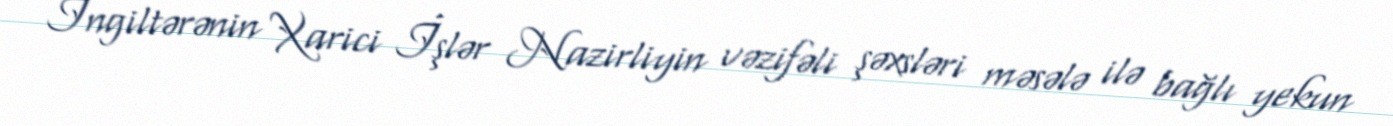
İngiltərənin Xarici İşlər Nazirliyin vəzifəli şəxsləri məsələ ilə bağlı yekun